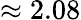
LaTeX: \approx 2.08